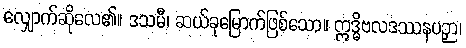
လျှောက်ဆိုလေ၏။ ဒသမီ၊ ဆယ်ခုမြောက်ဖြစ်သော။ ဣဒ္ဓိဗလဒဿနပဉှာ၊